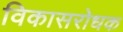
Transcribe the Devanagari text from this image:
विकासरोधक